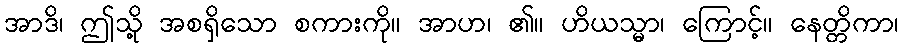
အာဒိ၊ ဤသို့ အစရှိသော စကားကို။ အာဟ၊ ၏။ ဟိယသ္မာ၊ ကြောင့်။ နေတ္တိကာ၊